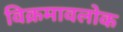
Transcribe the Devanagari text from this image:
विक्रमावलोक